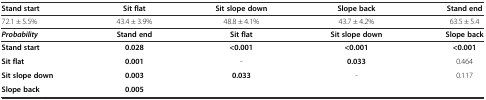
| Stand start | Sit flat | Sit slope down | Slope back | Stand end |
 | --- | --- | --- | --- | --- |
 | 72.1 ± 5.5% | 43.4 ± 3.9% | 48.8 ± 4.1% | 43.7 ± 4.2% | 63.5 ± 5.4 |
 | Probability | Stand end | Sit flat | Sit slope down | Slope back |
 | Stand start | 0.028 | <0.001 | <0.001 | <0.001 |
 | Sit flat | 0.001 | - | 0.033 | 0.464 |
 | Sit slope down | 0.003 | 0.033 | - | 0.117 |
 | Slope back | 0.005 |  |  |  |